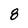
Character: 8